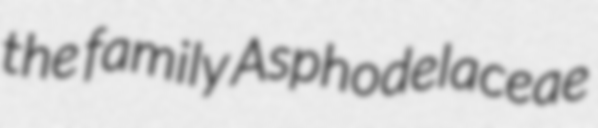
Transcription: the family Asphodelaceae